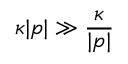
\kappa | p | \gg \frac { \kappa } { | p | }